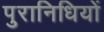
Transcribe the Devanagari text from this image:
पुरानिधियों